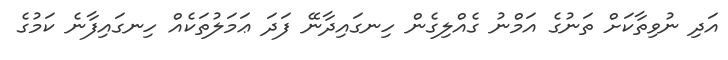
އަދި ނުވިތާކަށް ތަނުގެ އަމްނު ގެއްލިގެން ހިނގައިދާނޭ ފަދަ ޢަމަލުތަކެއް ހިނގައިފާނެ ކަމުގެ